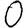
Digit: 0